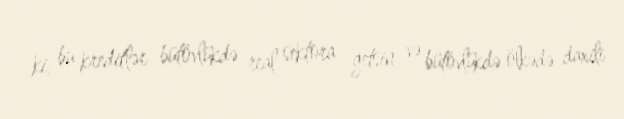
ki, bu kreditlər bütövlükdə real sektora getsin və bütövlükdə ölkədə daxili